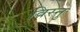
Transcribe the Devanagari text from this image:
विस्नु